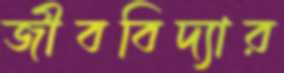
জীববিদ্যার